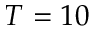
T = 1 0